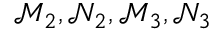
\mathscr { M } _ { 2 } , \mathscr { N } _ { 2 } , \mathscr { M } _ { 3 } , \mathscr { N } _ { 3 }